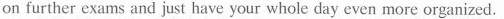
on further exams and just have your whole day even more organized.